Document type: Emphyteutic lease
Year: 1274
Scribe: Pere Marquès
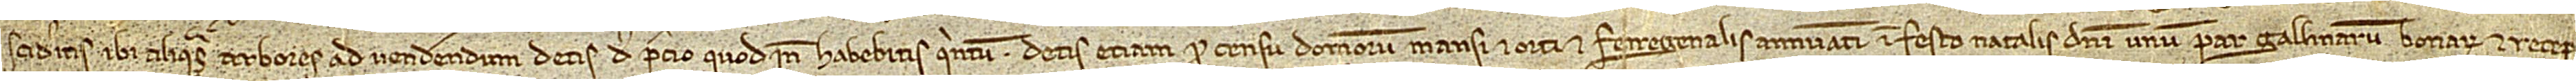
scideritis ibi aliquas arbores ad vendendum, detis de precio quod inde habebitis quintum. Detis etiam pro censu domorum mansi et orti et ferregenalis annuatim in festo Natalis Domini unum par gallinarum bonarum et recep-